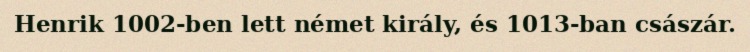
Henrik 1002-ben lett német király, és 1013-ban császár.